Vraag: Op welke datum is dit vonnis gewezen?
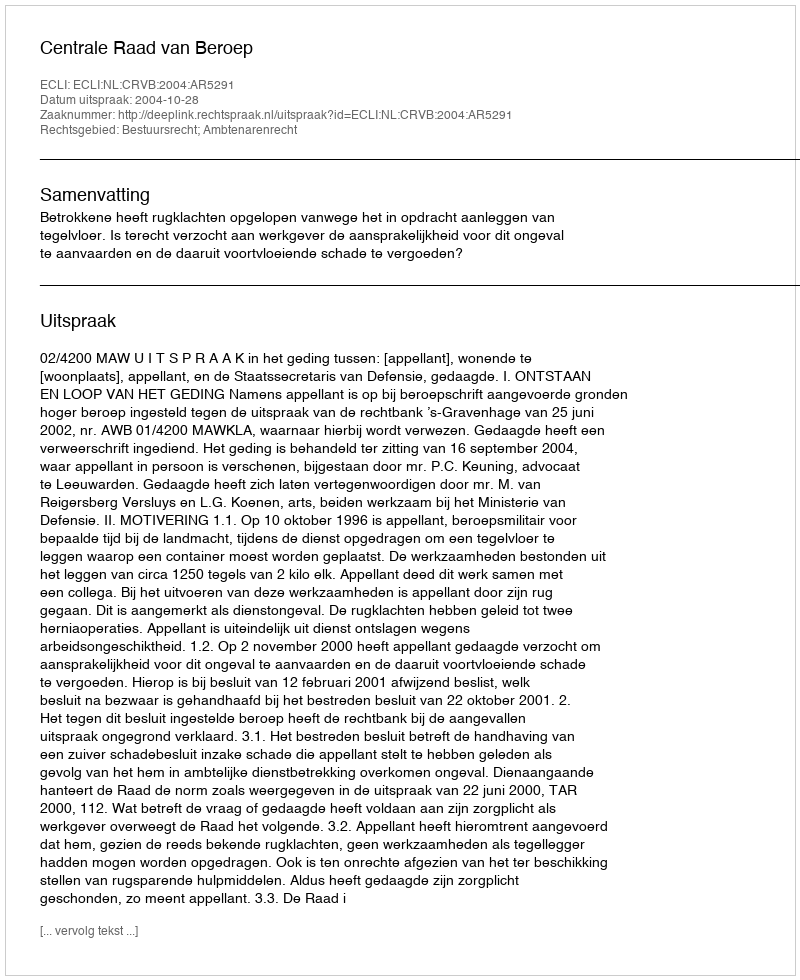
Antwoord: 2004-10-28